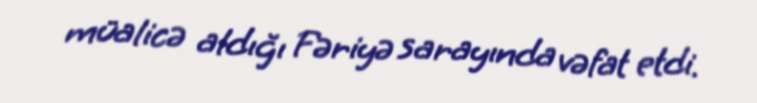
müalicə aldığı Fəriyə sarayında vəfat etdi.